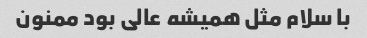
با سلام مثل همیشه عالی بود ممنون